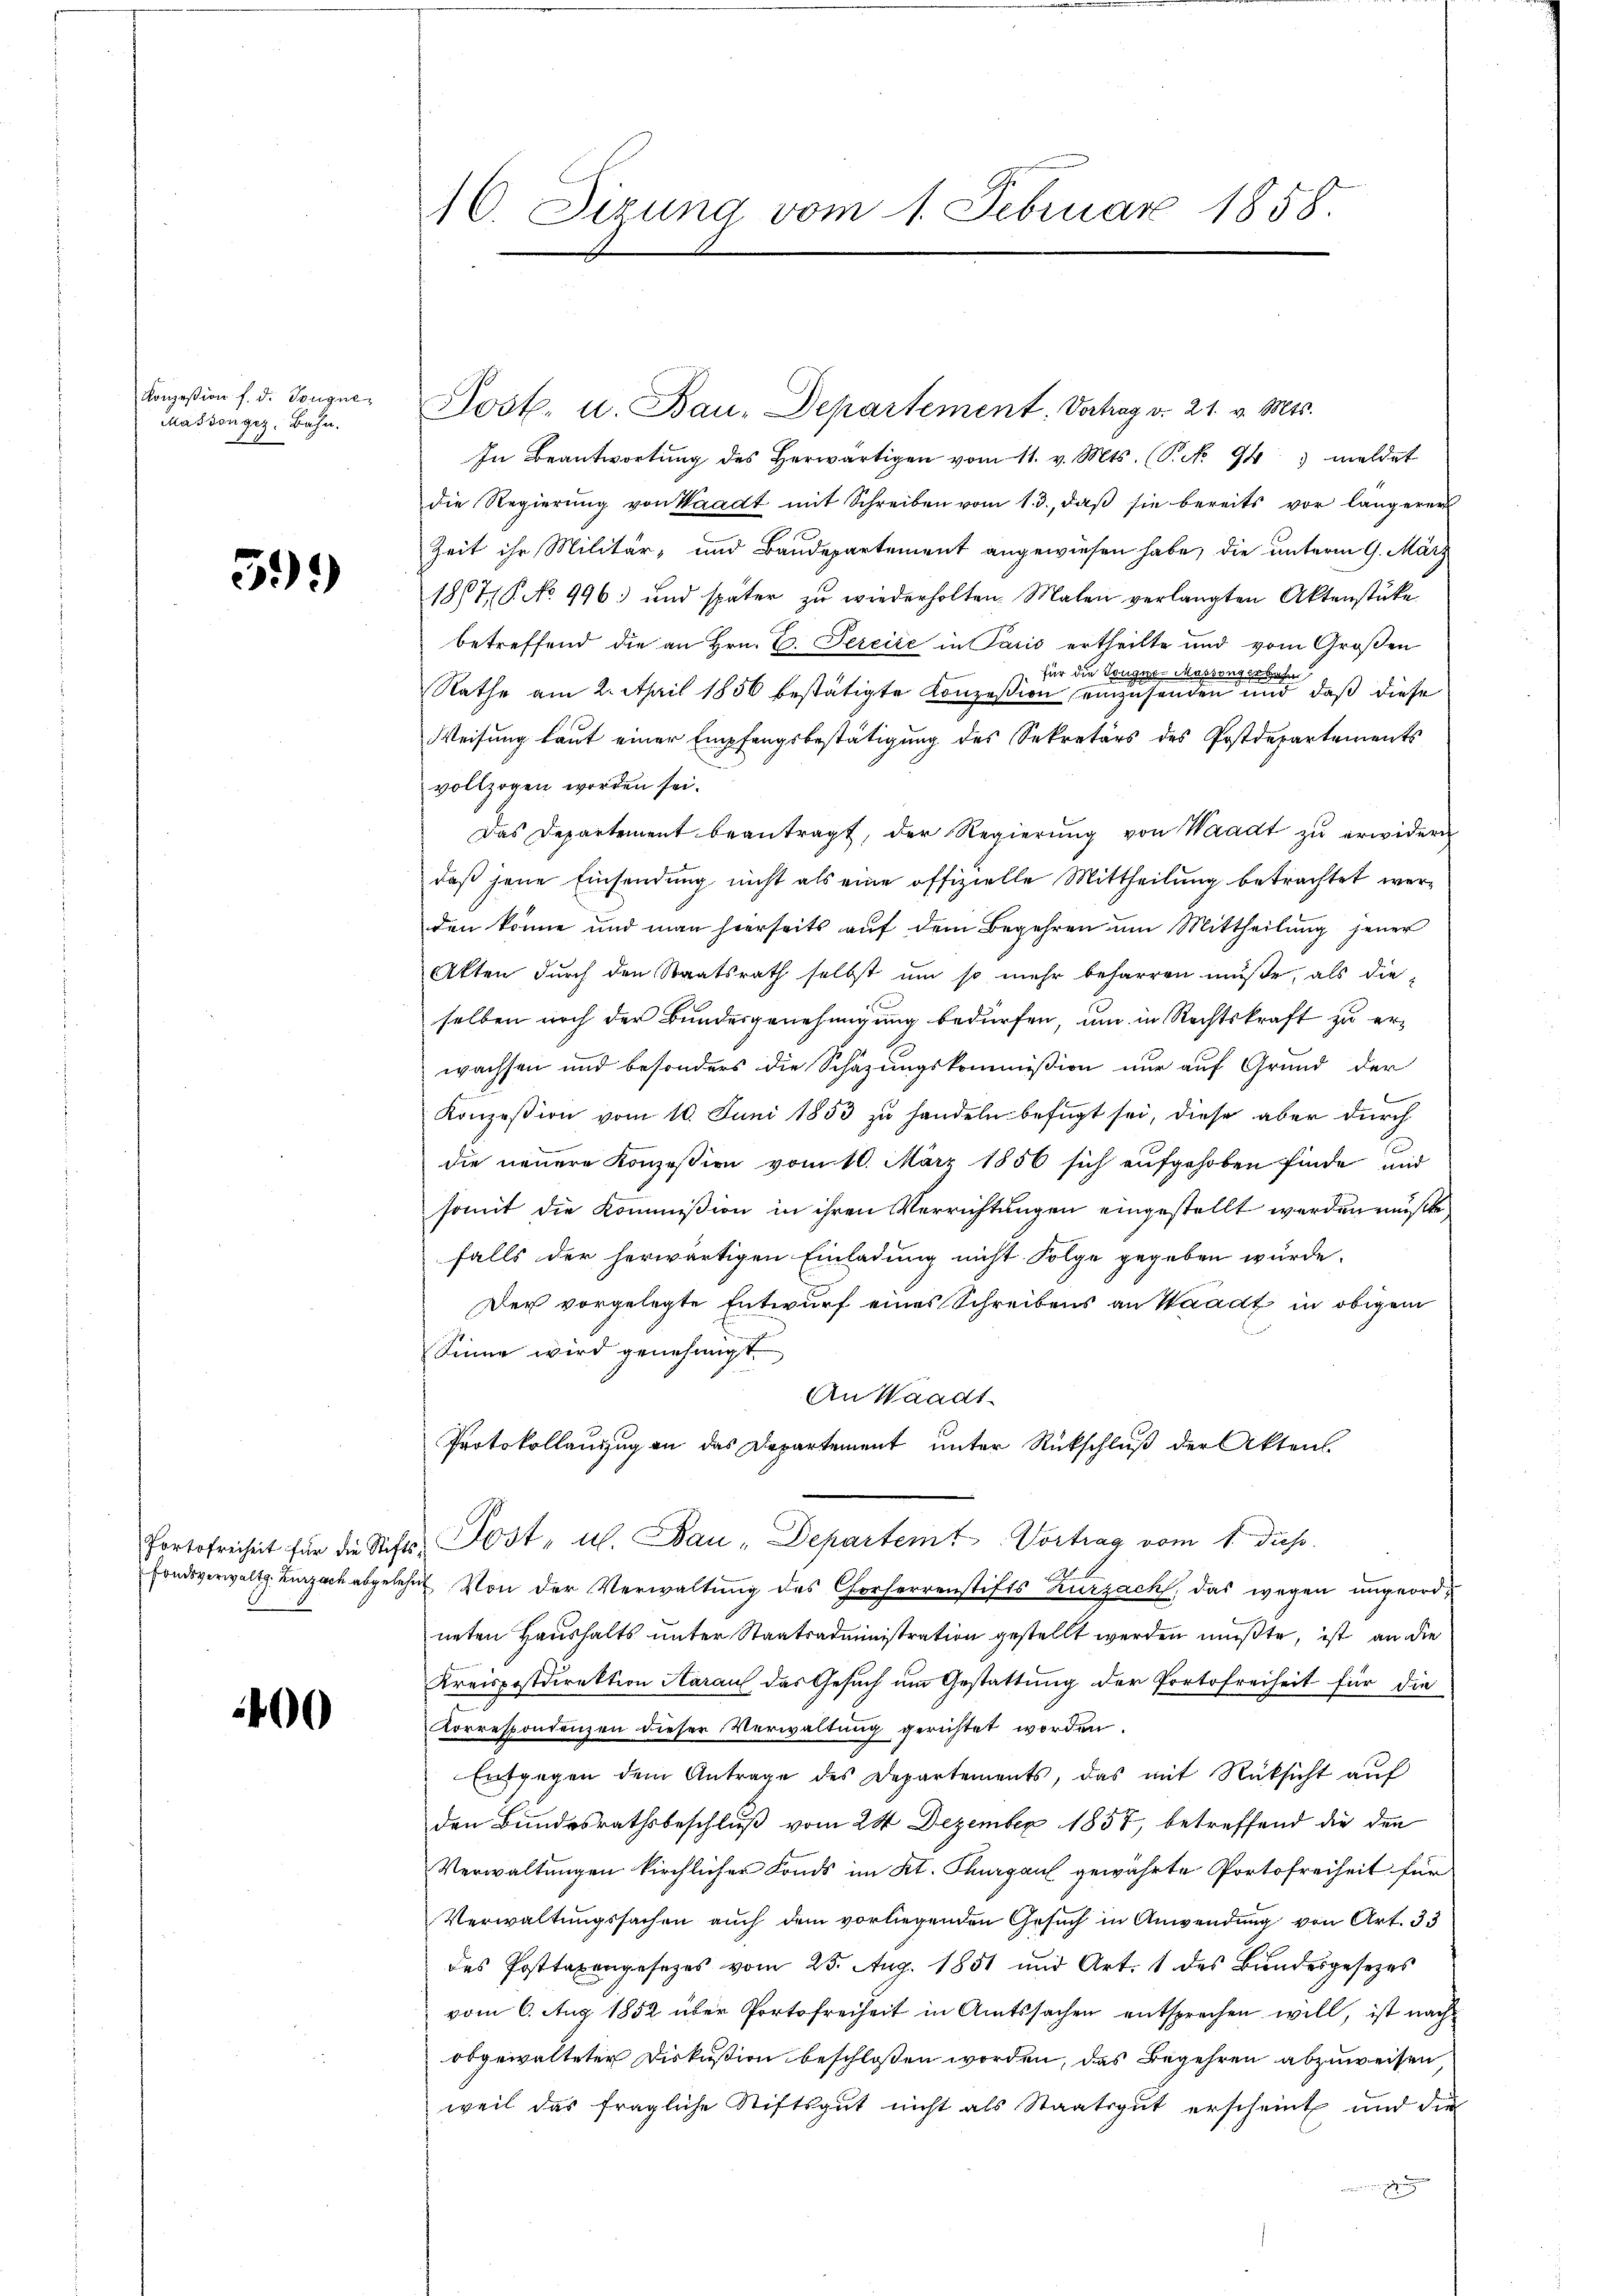
Konzession f. d. Tougne¬
Masson ges. Bahn.

5)*)

400

Post. u. Bau-Departement. Verhag v. 21. v. Mts.
In Beantwortŭng des herwärtigen vom 11. v. Mts. (T. No 94) meldet
die Regierŭng von Waadt mit Schreiben vom 13., daβ sie bereits vor längerer
Zeit ihr Militär, und Baudepartement angewiesen habe, die unterm 9. März
1817. No 996 und später zu wiederholten. Malen verlangten Aktenstüke
betreffend die an Hrn. C. Perciić in Paris ertheilte und vom Groβen
für die Tongese Massengerhaf
Rathe am 2. April 1856 bestätigte Konzession einzusenden und daß diese
Weisung laut einer Empfangsbestätigung des Sekretärs des Postdepartements
vollzogen worden sei.
Das Departement beantragt, der Regierŭng von Waadt zŭ erwidern
daß jene Einsendung nicht als eine offizielle Mittheilung betrachtet werden könne und man hierseits auf dem Begehren um Mittheilung jener
Akten durch den Staatsrath selbst um so mehr beharren müße, als dieselben noch der Bundesgenehmigung bedürfen, um in Rechtskraft zu erwachsen und besonders die Schazungskommißion nur auf Grund der
Konzession vom 10. Juni 1853 zu handeln befügt sei, diese aber durch
die neuere Konzession vom 10. März 1856 sich aufgehoben finde und
somit die Kommission in ihren Verrichtungen eingestellt werden müßte,
falls der herwärtigen Einladung nicht Folge gegeben wurde.
Der vorgelegte Entwurf eines Schreibens an Waadt in obigem
Sinne wird genehmigt.
An Waadt
Protokollauszug an das Departement unter Rückschluß der Akten.
Portofreiheit für die Stifts Post- u. Bau-Departemt Vortrag vom 1. dieß
Fondsverwaltg. Zurzach abgelehnt. Von der Verwaltung des Chorherrenstifts Zurzach, das wegen ungeordneten Haushalts unter Staatsadministration gestellt werden mußte, ist an die
Kreispostdirektion Aarauf das Gesuch um Gestattung der Portofreiheit für die
Korrespondenzen dieser Verwaltung gerichtet worden.
Entgegen dem Antrage des Departements, das mit Rücksicht aŭf
den Bundesrathsbeschluß vom 24 Dezember 1857, betreffend die den
Verwaltungen kirchlicher Fonds im Kt. Thurgau gewährte Portofreiheit für
Verwaltungssachen auch dem vorliegenden Gesuch in Anwendung von Art. 33
des Posttaxengesezes vom 25. Aug. 1851 und Art. 1 des Bundesgesezes
vom 6. Aug 1852 über Portofreiheit in Amtssachen entsprechen will, ist nach
obgewalteter Diskussion beschlossen worden, das Begehren abzuweisen,
weil das fragliche Stiftsgut nicht als Staatsgut erscheint und die
in Erde ungen

16. Sizung vom 1. Februar 1858.